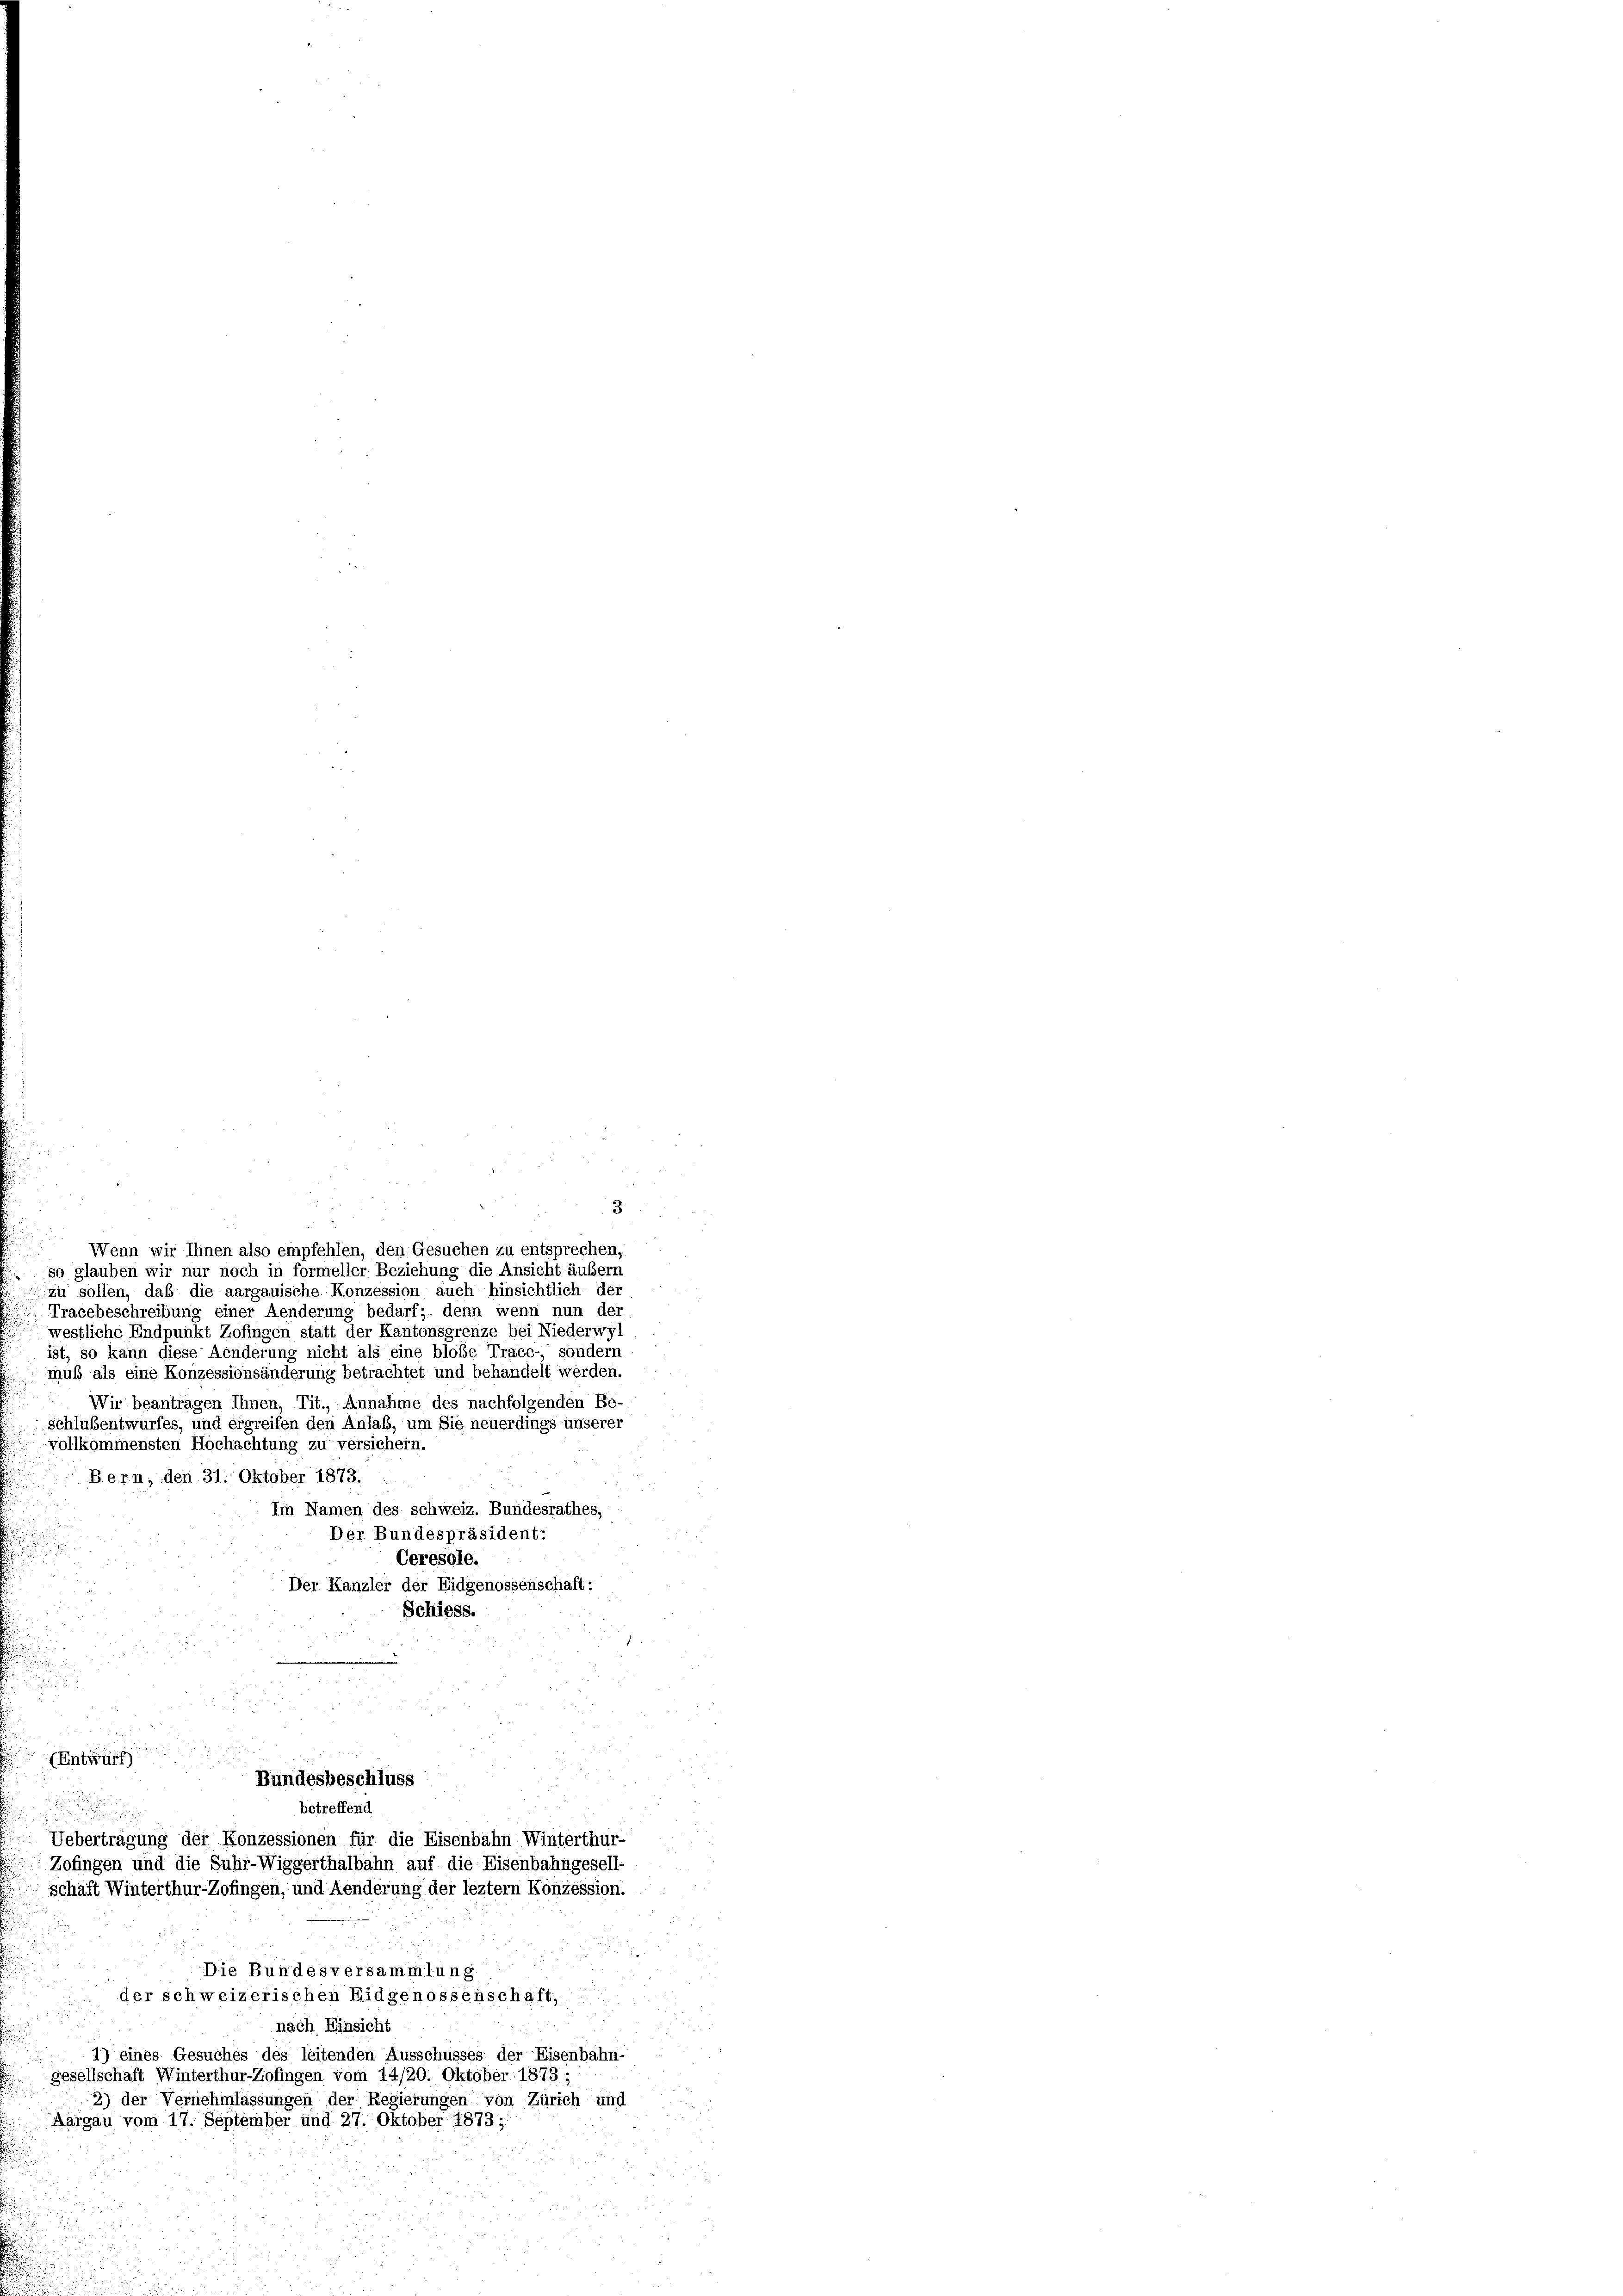
3

Wenn wir Ihnen also empfehlen, den Gesuchen zu entsprechen,
so glauben wir nur noch in formeller Beziehung die Ansicht äußern
Zu sollen, daß die aargauische Konzession auch hinsichtlich der
Tracebeschreibung einer Aenderung bedarf, denn wenn nun der
westliche Endpunkt Zofingen statt der Kantonsgrenze bei Niederwyl
ist, so kann diese Aenderung nicht als eine bloße Trace- sondern
muß als eine Konzessionsänderung betrachtet und behandelt werden
Wir beantragen Ihnen, Tit., Annahme des nachfolgenden Be-
schlußentwurfes, und ergreifen den Anlaß, um Sie neuerdings unserer
vollkommensten Hochachtung zu versichern.
Bern, den 31. Oktober 1873.
Im Namen des schweiz. Bundesrathes,
Der Bundespräsident:
Ceresole.
Der Kanzler der Eidgenossenschaft:
Schiess.
(Entwurf)
.
Bundesbeschluss
betreffend

Uebertragung der Konzessionen für die Eisenbahn Winterthur-
Zofingen und die Suhr-Wiggerthalbahn auf die Eisenbahngesell-
schaft Winterthur-Zofingen, und Aenderung der leztem Konzession.
Die Bundesversammlung
der schweizerischen Eidgenossenschaft,
nach Einsicht
1) eines Gesuches des leitenden Ausschusses der Eisenbahn-
gesellschaft Winterthur-Zofingen vom 14/20. Oktober 1873;
2) der Vernehmlassungen der Regierungen von Zürich und
Aargau vom 17. September und 27. Oktober 1873.
e